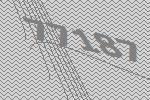
77187